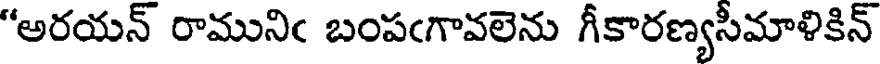
"అరయన్ రామునిఁ బంపఁగావలెను గీకారణ్యసీమాళికిన్